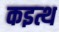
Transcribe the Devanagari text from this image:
कइत्थ